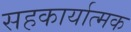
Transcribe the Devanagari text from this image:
सहकार्यात्मक